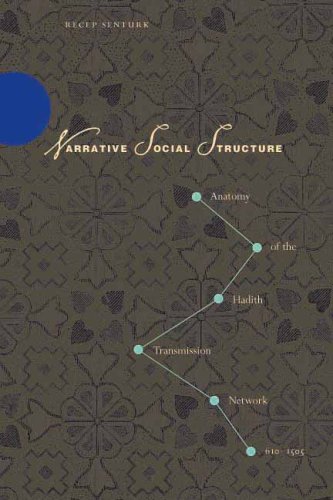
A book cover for Narrative Social Structure: Anatomy of the Hadith Transmission Network, 610-1505; Recep Senturk; Religion & Spirituality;